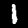
Digit: 1